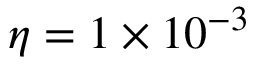
\eta = 1 \times 1 0 ^ { - 3 }